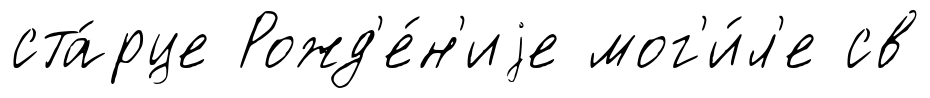
ста́рце Рожд'е́н'иjе мог'и́л'е св